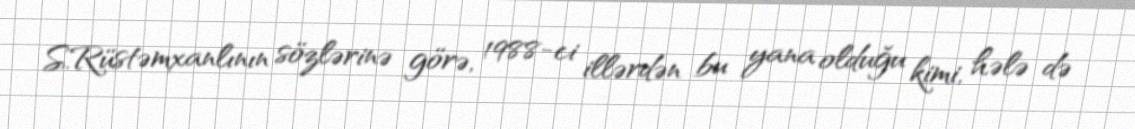
S.Rüstəmxanlının sözlərinə görə, 1988-ci illərdən bu yana olduğu kimi, hələ də